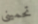
تحميني